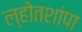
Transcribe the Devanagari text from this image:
ल्होतशांपा